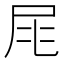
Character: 㞑